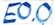
Text: E0.0